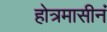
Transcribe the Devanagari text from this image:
होत्रमासीनं